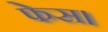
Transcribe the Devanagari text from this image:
फेस।